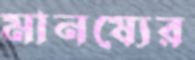
মানষ্যের